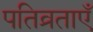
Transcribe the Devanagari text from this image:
पतिव्रताएँ